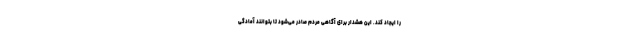
را ایجاد کند. این هشدار برای آگاهی مردم صادر می‌شود تا بتوانند آمادگی